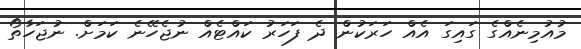
މުއުމިނެއްގެ ގައިގަ އެއް ހަރަކުން ދެ ފަހަރު ކައްޓެއް ނުޖެހޭނެ ކަމަށް. ނުޖަހާތޯ